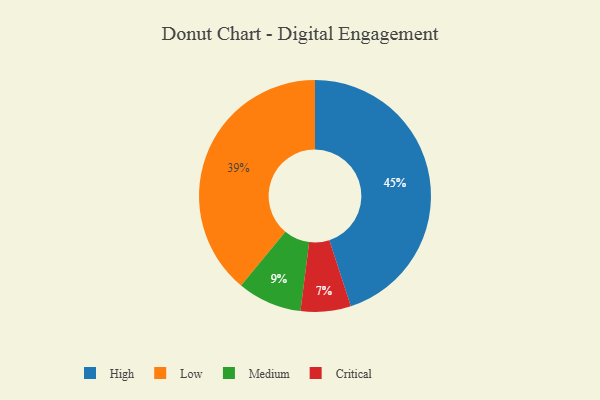
{"axis": {"x": "Category", "y": "Percentage"}, "legend": ["Critical", "High", "Low", "Medium"], "data": [{"x": "Medium", "y": 9, "type": "Medium"}, {"x": "Critical", "y": 7, "type": "Critical"}, {"x": "High", "y": 45, "type": "High"}, {"x": "Low", "y": 39, "type": "Low"}]}